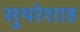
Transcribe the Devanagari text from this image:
सुथरेशाह